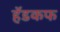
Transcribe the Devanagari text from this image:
हॅडकफ